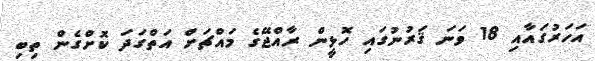
އަހަރުގައާއި 18 ވަނަ ޤަރުނުގައި ހޮޅީން ރާއްޖޭގެ މައްޗަށް އަތްގަދަ ކޮށްގެން ތިބި